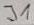
Text: J1